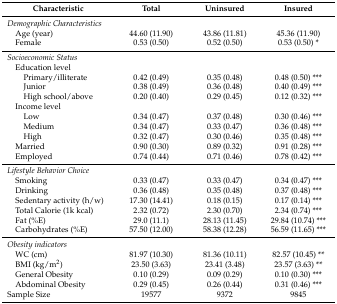
<table><thead><tr><td><b>Characteristic</b></td><td><b>Total</b></td><td><b>Uninsured</b></td><td><b>Insured</b></td></tr></thead><tbody><tr><td><i>Demographic Characteristics</i></td><td></td><td></td><td></td></tr><tr><td> Age (year)</td><td>44.60 (11.90)</td><td>43.86 (11.81)</td><td>45.36 (11.90)</td></tr><tr><td> Female</td><td>0.53 (0.50)</td><td>0.52 (0.50)</td><td>0.53 (0.50) *</td></tr><tr><td><i>Socioeconomic Status</i></td><td></td><td></td><td></td></tr><tr><td> Education level </td><td></td><td></td><td></td></tr><tr><td>Primary/illiterate</td><td>0.42 (0.49)</td><td>0.35 (0.48)</td><td>0.48 (0.50) ***</td></tr><tr><td>Junior</td><td>0.38 (0.49)</td><td>0.36 (0.48)</td><td>0.40 (0.49) ***</td></tr><tr><td>High school/above</td><td>0.20 (0.40)</td><td>0.29 (0.45)</td><td>0.12 (0.32) ***</td></tr><tr><td> Income level </td><td></td><td></td><td></td></tr><tr><td>Low</td><td>0.34 (0.47)</td><td>0.37 (0.48)</td><td>0.30 (0.46) ***</td></tr><tr><td>Medium</td><td>0.34 (0.47)</td><td>0.33 (0.47)</td><td>0.36 (0.48) ***</td></tr><tr><td>High</td><td>0.32 (0.47)</td><td>0.30 (0.46)</td><td>0.35 (0.48) ***</td></tr><tr><td> Married</td><td>0.90 (0.30)</td><td>0.89 (0.32)</td><td>0.91 (0.28) ***</td></tr><tr><td> Employed</td><td>0.74 (0.44)</td><td>0.71 (0.46)</td><td>0.78 (0.42) ***</td></tr><tr><td colspan="4"><i>Lifestyle Behavior Choice</i></td></tr><tr><td> Smoking</td><td>0.33 (0.47)</td><td>0.33 (0.47)</td><td>0.34 (0.47) ***</td></tr><tr><td> Drinking</td><td>0.36 (0.48)</td><td>0.35 (0.48)</td><td>0.37 (0.48) ***</td></tr><tr><td> Sedentary activity (h/w)</td><td>17.30 (14.41)</td><td>0.18 (0.15)</td><td>0.17 (0.14) ***</td></tr><tr><td> Total Calorie (1k kcal)</td><td>2.32 (0.72)</td><td>2.30 (0.70)</td><td>2.34 (0.74) ***</td></tr><tr><td> Fat (%E)</td><td>29.0 (11.1)</td><td>28.13 (11.45)</td><td>29.84 (10.74) ***</td></tr><tr><td> Carbohydrates (%E)</td><td>57.50 (12.00)</td><td>58.38 (12.28)</td><td>56.59 (11.65) ***</td></tr><tr><td><i>Obesity indicators</i></td><td></td><td></td><td></td></tr><tr><td> WC (cm)</td><td>81.97 (10.30)</td><td>81.36 (10.11)</td><td>82.57 (10.45) **</td></tr><tr><td> BMI (kg/m<sup>2</sup>)</td><td>23.50 (3.63)</td><td>23.41 (3.48)</td><td>23.57 (3.63) **</td></tr><tr><td> General Obesity</td><td>0.10 (0.29)</td><td>0.09 (0.29)</td><td>0.10 (0.30) ***</td></tr><tr><td> Abdominal Obesity</td><td>0.29 (0.45)</td><td>0.26 (0.44)</td><td>0.31 (0.46) ***</td></tr><tr><td>Sample Size</td><td>19577</td><td>9372</td><td>9845</td></tr></tbody></table>